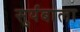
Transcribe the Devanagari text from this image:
सुर्यबाला